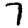
Digit: 7